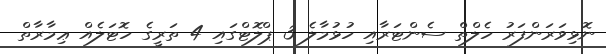
ނޮޅިވަރަންފަރު ހެލްތް ސެންޓަރާއި ހުޅުމާލެ 3 ޕްލޮޓްގައި 4 ތަރީގެ ހޮޓަލެއް ޢިމާރާތް